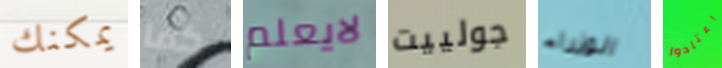
يمكنك كما لايعلم جولييت الوزراء اعتادوا